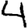
Digit: 4